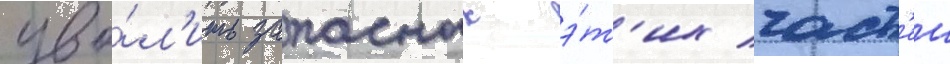
уво́л'ить запасных э́т'их част'еи